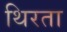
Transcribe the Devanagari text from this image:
थिरता